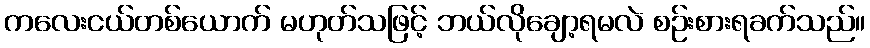
ကလေးငယ်တစ်ယောက် မဟုတ်သဖြင့် ဘယ်လိုချော့ရမလဲ စဉ်းစားရခက်သည်။